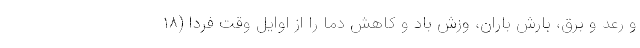
و رعد و برق، بارش باران، وزش باد و کاهش دما را از اوایل وقت فردا (۱۸